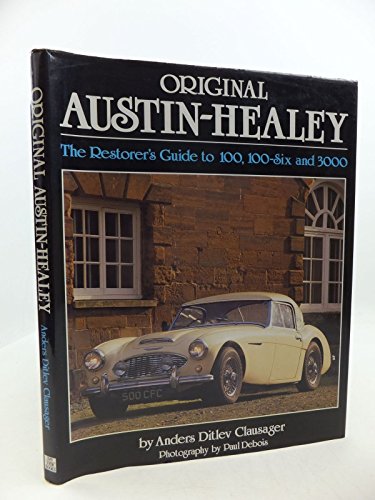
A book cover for Original Austin-Healey: The Restorer's Guide to 100, 100-Six and 3000; Anders Ditlev Clausager; Engineering & Transportation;